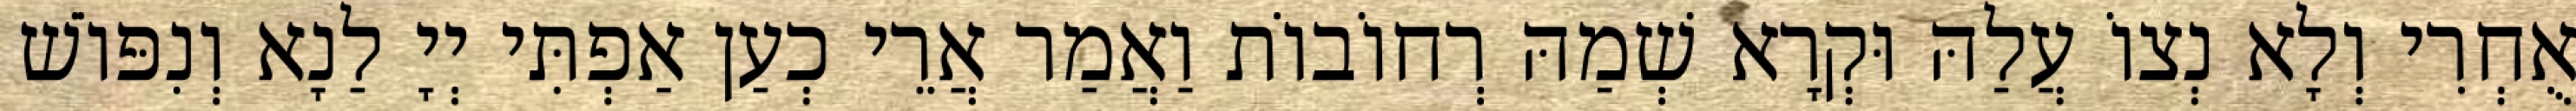
אֻחְרִי וְלָא נְצוֹ עֲלַהּ וּקְרָא שְׁמַהּ רְחוֹבוֹת וַאֲמַר אֲרֵי כְעַן אַפְתִּי יְיָ לַנָא וְנִפּוֹשׁ